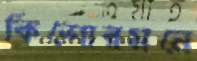
কিশোরমনে